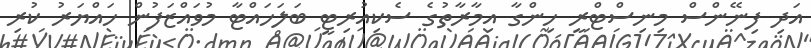
އަދި ފިނޭންސް މިނިސްޓްރީ ހިންގާ އިމާރާތުގެ ސެކިއުރިޓީ ބަލަހައްޓާ މުވައްޒަފުން ހައްޔަރު ކުރި